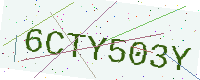
Text: 6CTY503Y